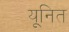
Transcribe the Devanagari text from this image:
यूनित